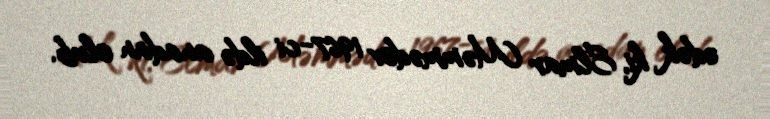
edək ki, Elmar Məmmədov 1967-ci ildə anadan olub.